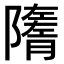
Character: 𨽋